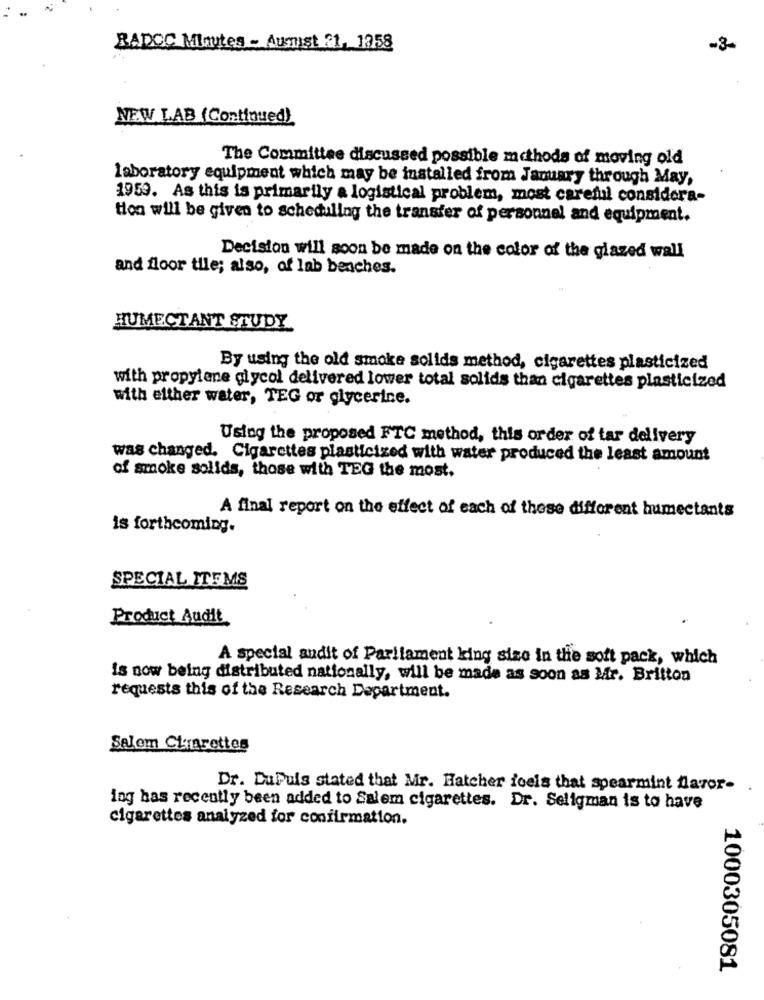
BADOC Mautes - August 21, 1758
-3-
NEW LAB (Continued)
The Committee discussed possible methods of moving old
laboratory equipment which may be installed from January through May,
1953. As this is primarily a logistical problem, most careful considera-
tion will be given to scheduling the transfer of personnel and equipment.
Decision will soon be made on the color of the glazed wall
and floor tile; also, of lab benches.
HUMECTANT STUDY
By using the old smoke solids method, cigarettes plasticized
with propylene glycol delivered lower total solids than cigarettes plasticized
with either water, TEG or glycerine.
Using the proposed FTC method, this order of tar delivery
was changed. Cigarettes plasticized with water produced the least amount
of smoke solids, those with TEG the most,
A final report on the effect of each of those different humectants
is forthcoming.
SPECIAL ITEMS
Product Audit
A special andit of Parliament king size in the soft pack, which
is now being distributed nationally, will be made as soon as Mir. Britton
requests this of the Research Department.
Salem Ctrarettes
Dr. DuPuis stated that Mr. Hatcher feels that spearmint flavor-
ing has recently been added to Salem cigarettes. Dr. Seligman is to have
cigarettes analyzed for confirmation.
1000305081